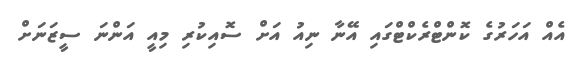
އެއް އަހަރުގެ ކޮންޓްރެކްޓްގައި އޭނާ ނިއު އަށް ސޮއިކުރި މިއީ އަންނަ ސީޒަނަށް